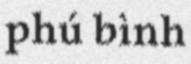
phú bình